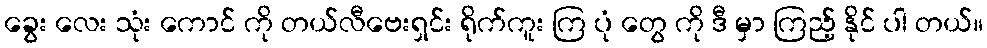
ခွေး လေး သုံး ကောင် ကို တယ်လီဗေးရှင်း ရိုက်ကူး ကြ ပုံ တွေ ကို ဒီ မှာ ကြည့် နိုင် ပါ တယ်။